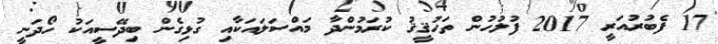
17 ފެބުރުއަރީ 2017 ފުލުހުން ތަހުޤީޤު ކުރަމުންދާ މައްސަލައަކާއި ގުޅިގެން ބިދޭސީއަކު ހޯދަނީ